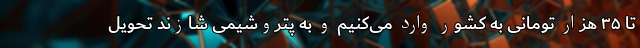
تا ۳۵ هزار تومانی به کشور وارد می‌کنیم و به پتروشیمی شازند تحویل